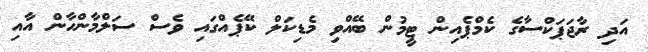
އަދި ރާޖަޕަކްސާގެ ކެމްޕެއިން ޓީމުން ބޭއްވި މެޑިކަލް ކޭޕެއްގައި ވެސް ސަލްމާންހާން އާއި